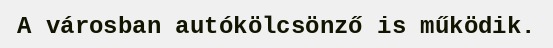
A városban autókölcsönző is működik.